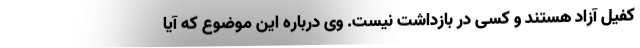
کفیل آزاد هستند و کسی در بازداشت نیست. وی درباره این موضوع که آیا